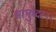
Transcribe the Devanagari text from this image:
मामुध्दर।।